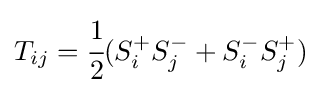
T_{ij}={\cfrac {1}{2}}(S_{i}^{+}S_{j}^{-}+S_{i}^{-}S_{j}^{+})